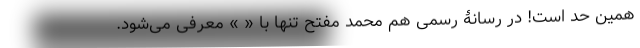
همین حد است! در رسانۀ رسمی هم محمد مفتح تنها با « » معرفی می‌شود.